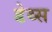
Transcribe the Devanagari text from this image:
डेथ्स